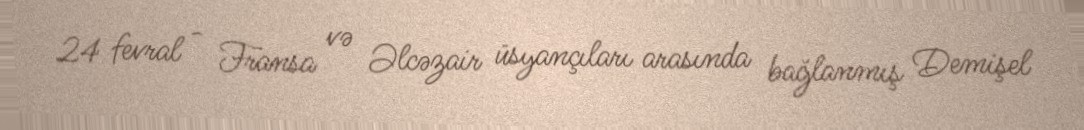
24 fevral - Fransa və Əlcəzair üsyançıları arasında bağlanmış Demişel